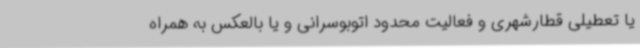
یا تعطیلی قطارشهری و فعالیت محدود اتوبوسرانی و یا بالعکس به همراه